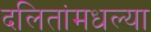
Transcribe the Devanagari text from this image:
दलितांमधल्या